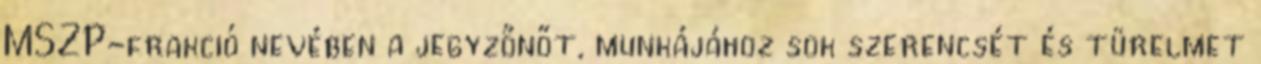
MSZP-frakció nevében a jegyzőnőt, munkájához sok szerencsét és türelmet